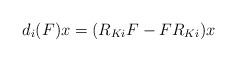
LaTeX: \begin{align*}d_i(F)x = (R_{Ki}F - FR_{Ki})x \end{align*}